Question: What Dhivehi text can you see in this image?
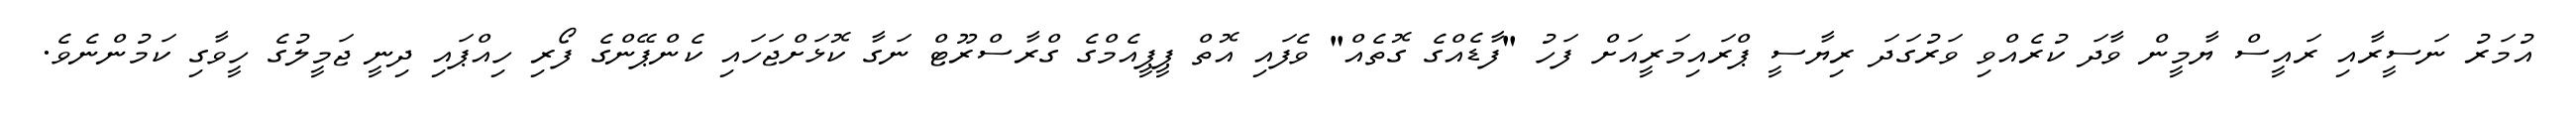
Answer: އުމަރު ނަސީރާއި ރައީސް ޔާމީން ވާދަ ކުރެއްވި ވަރުގަދަ ރިޔާސީ ޕްރައިމަރީއަށް ފަހު "ފާޑެއްގެ ގޮތެއް" ވެފައި އޮތް ޕީޕީއެމްގެ ގްރާސްރޫޓް ނަގާ ކޮޅަށްޖަހައި ކެންޕޭންގެ ފޯރި ހިއްޕައި ދިނީ ޖަމީލުގެ ހީވާގި ކަމުންނެވެ.